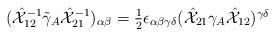
LaTeX: \begin{align*}(\hat{{\cal X}}_{12}^{-1}\tilde{\gamma}_{A}\hat{{\cal X}}_{21}^{-1})_{\alpha\beta}=\textstyle{\frac{1}{2}}\epsilon_{\alpha\beta\gamma\delta}(\hat{{\cal X}}_{21}\gamma_{A}\hat{{\cal X}}_{12})^{\gamma\delta}\end{align*}